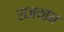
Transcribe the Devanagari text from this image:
राजथान